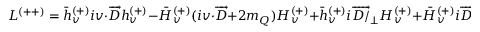
{ \cal L } ^ { ( + + ) } = \bar { h } _ { v } ^ { ( + ) } i v { \cdot } \overrightarrow { D } h _ { v } ^ { ( + ) } - \bar { H } _ { v } ^ { ( + ) } ( i v { \cdot } \overrightarrow { D } + 2 m _ { Q } ) H _ { v } ^ { ( + ) } + \bar { h } _ { v } ^ { ( + ) } i \overrightarrow { D { \slash } } _ { \bot } H _ { v } ^ { ( + ) } + \bar { H } _ { v } ^ { ( + ) } i \overrightarrow { D { \slash } } _ { \bot } h _ { v } ^ { ( + ) }